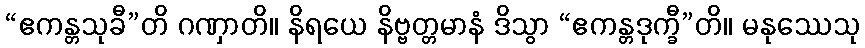
“ဧကန္တသုခီ”တိ ဂဏှာတိ။ နိရယေ နိဗ္ဗတ္တမာနံ ဒိသွာ “ဧကန္တဒုက္ခီ”တိ။ မနုဿေသု